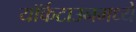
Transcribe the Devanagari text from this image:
यॉर्कटाउनमध्ये